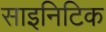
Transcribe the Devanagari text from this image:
साइनिटिक